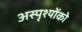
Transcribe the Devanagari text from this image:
अस्पृश्योंको